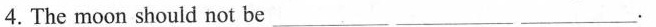
4.The moon should not be ___ ___ ___.